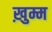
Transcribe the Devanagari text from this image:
ख़ुम्म